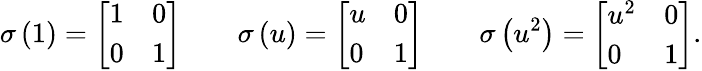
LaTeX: \sigma\left(1\right)={\left[\begin{array}{ll}{1}&{0}\\ {0}&{1}\end{array}\right]}\qquad\sigma\left(u\right)={\left[\begin{array}{ll}{u}&{0}\\ {0}&{1}\end{array}\right]}\qquad\sigma\left(u^{2}\right)={\left[\begin{array}{ll}{u^{2}}&{0}\\ {0}&{1}\end{array}\right]}.